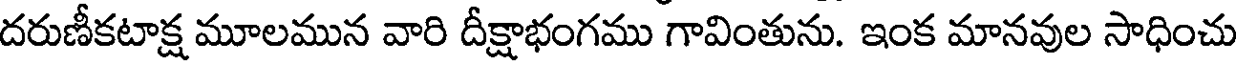
దరుణీకటాక్ష మూలమున వారి దీక్షాభంగము గావింతును. ఇంక మానవుల సాధించు